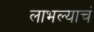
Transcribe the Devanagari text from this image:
लाभल्याचं